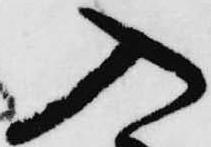
入